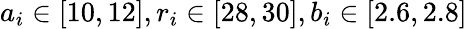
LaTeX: a_{i}\in[10,12],r_{i}\in[28,30],b_{i}\in[2.6,2.8]